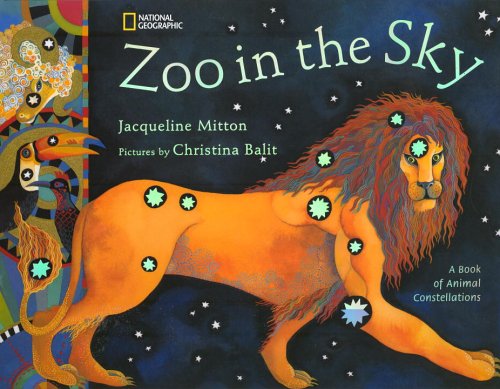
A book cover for Zoo in the Sky: A Book of Animal Constellations; Jacqueline Mitton; Children's Books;